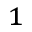
^ { 1 }